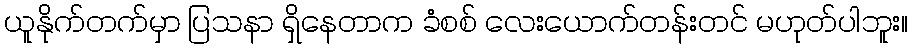
ယူနိုက်တက်မှာ ပြသနာ ရှိနေတာက ခံစစ် လေးယောက်တန်းတင် မဟုတ်ပါဘူး။